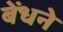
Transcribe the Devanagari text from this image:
बेंधने